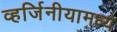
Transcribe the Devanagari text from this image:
व्हर्जिनीयामध्ये